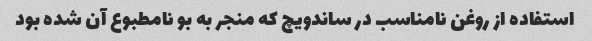
استفاده از روغن نامناسب در ساندویچ که منجر به بو نامطبوع آن شده بود